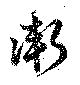
衛